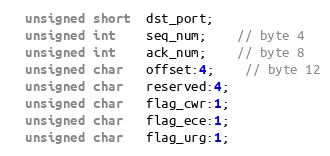
Language: C
  unsigned short  dst_port;
  unsigned int    seq_num;    // byte 4
  unsigned int    ack_num;    // byte 8
  unsigned char   offset:4;    // byte 12
  unsigned char   reserved:4;
  unsigned char   flag_cwr:1;
  unsigned char   flag_ece:1;
  unsigned char   flag_urg:1;